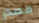
مصدر